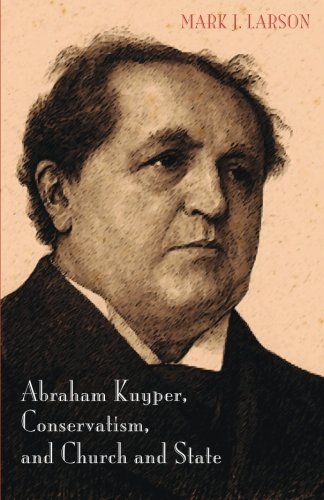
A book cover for Abraham Kuyper, Conservatism, and Church and State; Mark J. Larson; Religion & Spirituality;